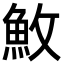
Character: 䰻